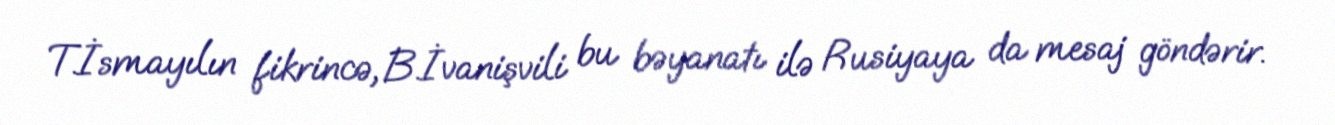
T.İsmayılın fikrincə, B.İvanişvili bu bəyanatı ilə Rusiyaya da mesaj göndərir.